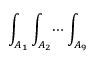
\int _ { A _ { 1 } } \int _ { A _ { 2 } } \dotsi \int _ { A _ { 9 } }